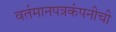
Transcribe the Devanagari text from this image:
वर्तमानपत्रकंपनीची